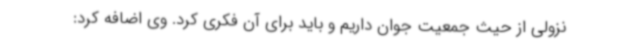
نزولی از حیث جمعیت جوان داریم و باید برای آن فکری کرد. وی اضافه کرد: